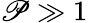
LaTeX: \mathscr{P}\gg1